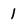
Character: 1